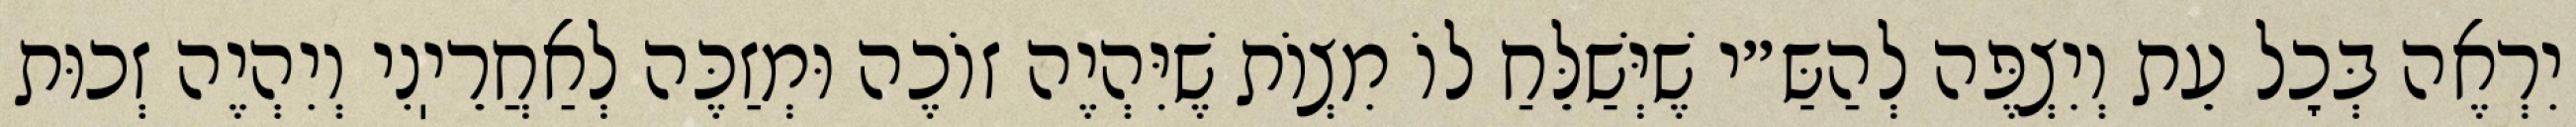
יִרְאֶה בְּכׇל עֵת וְיִצְפֶּה לְהַשַּ״י שֶׁיְּשַׁלֵּחַ לוֹ מִצְוֹת שֶׁיִּהְיֶה זוֹכֶה וּמְזַכֶּה לְאַחֲרֵיֽנִי וְיִהְיֶה זְכוּת